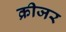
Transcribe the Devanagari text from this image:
क्रीजर